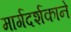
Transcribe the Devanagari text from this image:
मार्गदर्शकाने